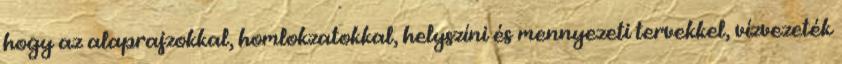
hogy az alaprajzokkal, homlokzatokkal, helyszíni és mennyezeti tervekkel, vízvezeték